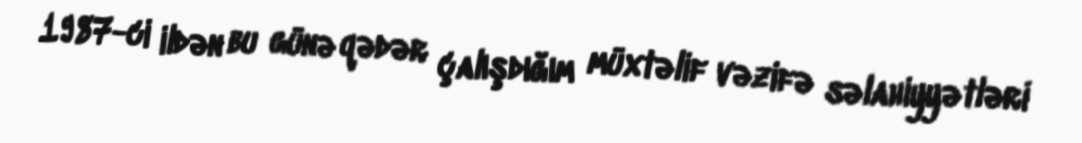
1987-ci ildən bu günə qədər çalışdığım müxtəlif vəzifə səlahiyyətləri